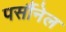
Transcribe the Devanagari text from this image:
पर्सौनेल